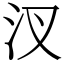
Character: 汊